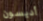
أديسون